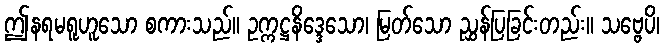
ဤနရမရူဟူသော စကားသည်။ ဥက္ကဋ္ဌနိဒ္ဒေသော၊ မြတ်သော ညွှန်ပြခြင်းတည်း။ သဗ္ဗေပိ၊